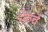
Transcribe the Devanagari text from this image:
डेकचे